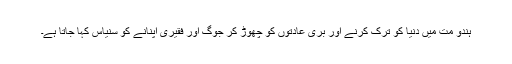
ہندو مت میں دنیا کو ترک کرنے اور بری عادتوں کو چھوڑ کر جوگ اور فقیری اپنانے کو سنیاس کہا جاتا ہے۔